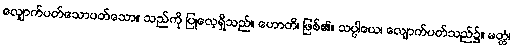
လျှောက်ပတ်သောပတ်သော။ သည်ကို ပြုလေ့ရှိသည်။ ဟောတိ၊ ဖြစ်၏။ သပ္ပါယေ၊ လျောက်ပတ်သည်၌။ မတ္တံ၊